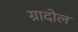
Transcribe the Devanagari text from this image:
ग्रादोल